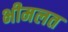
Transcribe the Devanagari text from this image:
भीमलत